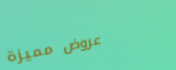
عروض مميزة